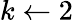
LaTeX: k\leftarrow 2